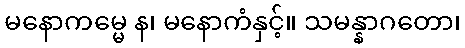
မနောကမ္မေ န၊ မနောကံနှင့်။ သမန္နာဂတော၊